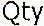
QTY